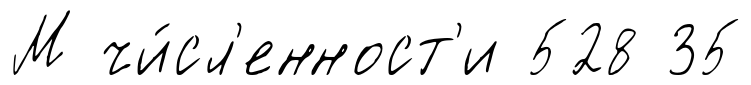
М чи́сл'енност'и 528 35